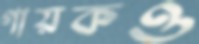
গায়কও